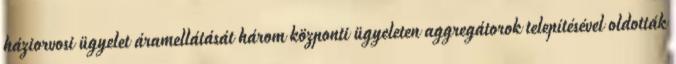
háziorvosi ügyelet áramellátását három központi ügyeleten aggregátorok telepítésével oldották